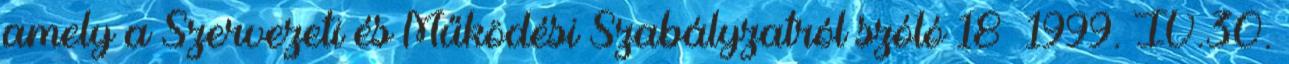
amely a Szervezeti és Működési Szabályzatról szóló 18 1999. IV.30.